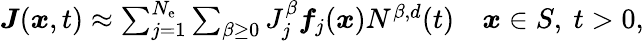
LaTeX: \begin{array}{r}{\boldsymbol{J}(\boldsymbol{x},t)\approx\sum_{j=1}^{N_{\mathrm{e}}}\sum_{\beta\ge 0}J_{j}^{\beta}\boldsymbol{f}_{j}(\boldsymbol{x})N^{\beta,d}(t)\quad\boldsymbol{x}\in S,\ t>0,}\end{array}